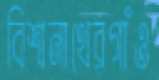
বিশ্বনাথেরগাঁও